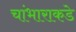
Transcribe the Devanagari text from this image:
चांभाराकडे